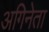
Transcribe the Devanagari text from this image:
अगिनेता